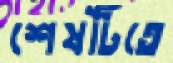
শেষটিতে